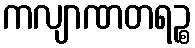
ကလျာဏတရဉ္စ